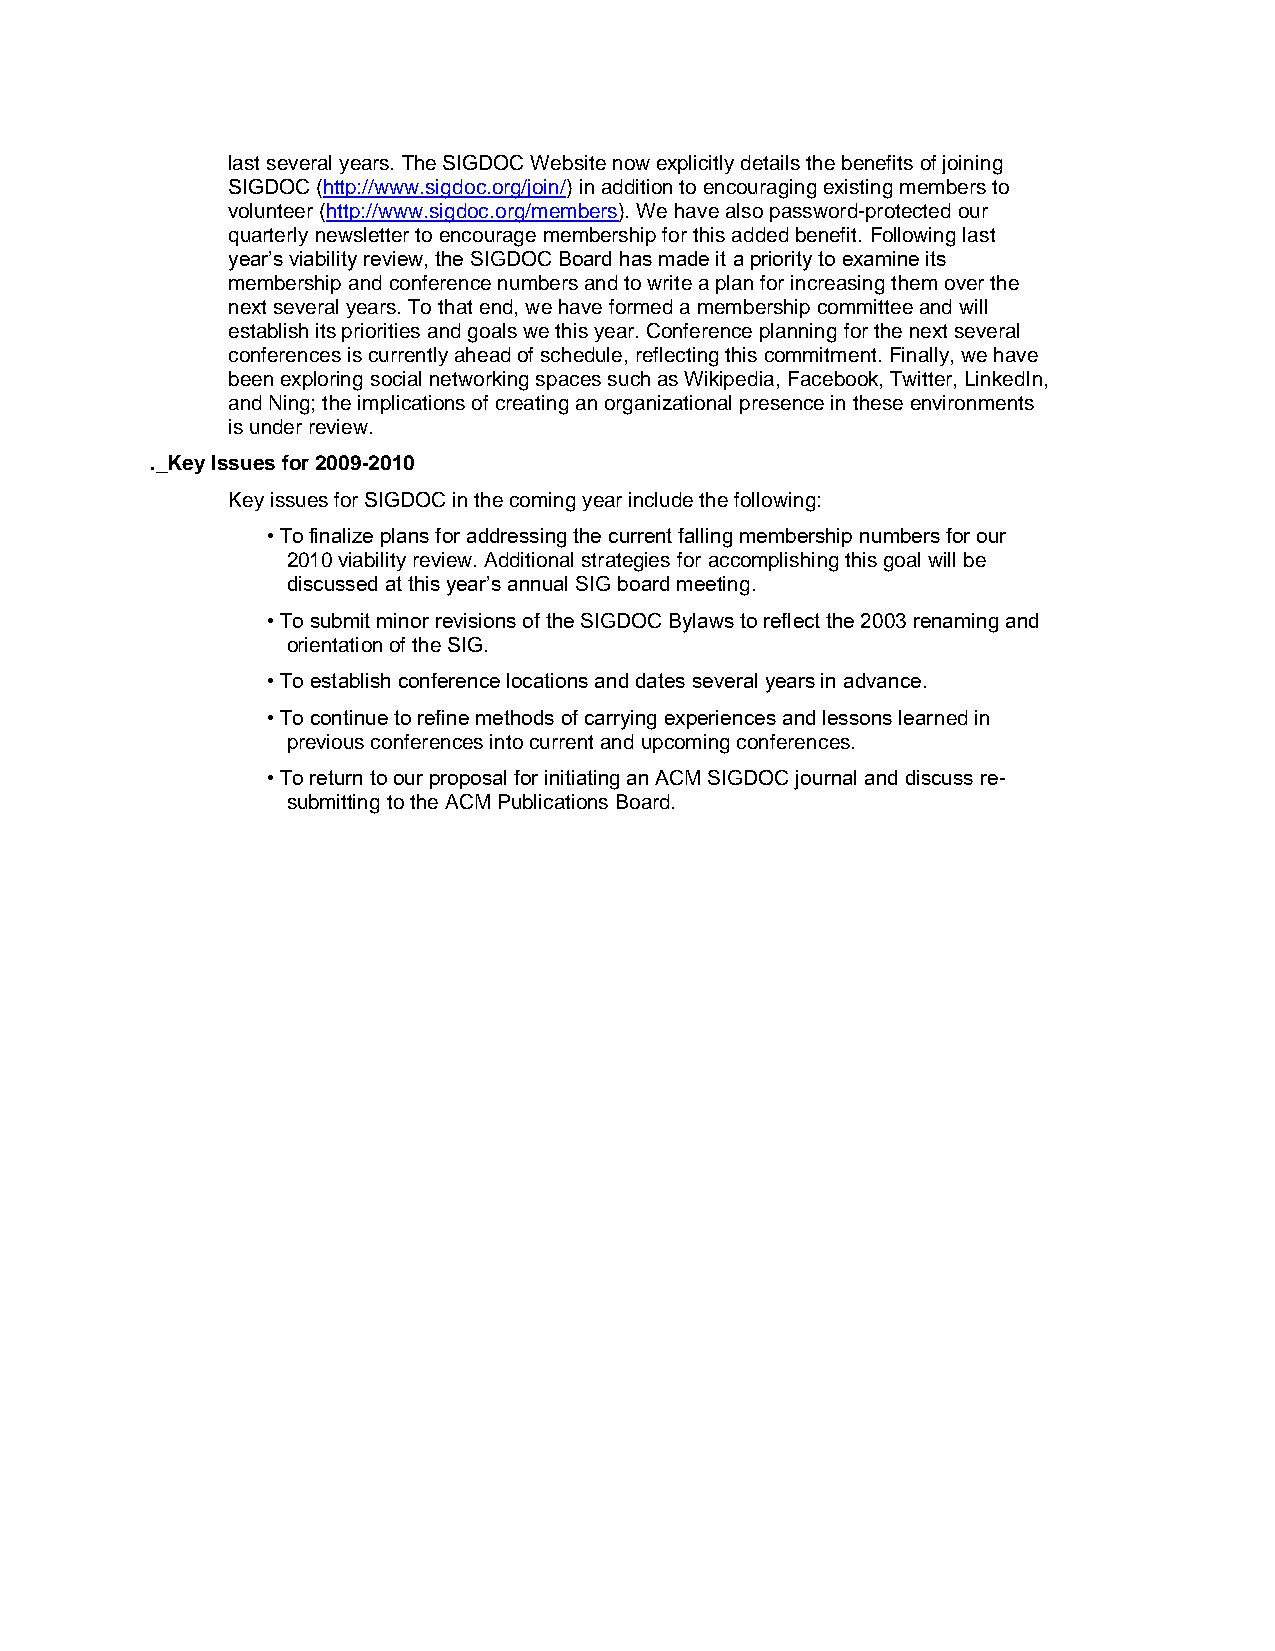
last several years. The SIGDOC Website now explicitly details the benefits of joining
 SIGDOC (http://www.sigdoc.org/join/) in addition to encouraging existing members to
 volunteer (http://www.sigdoc.org/members). We have also password-protected our
 quarterly newsletter to encourage membership for this added benefit. Following last
 year’s viability review, the SIGDOC Board has made it a priority to examine its
 membership and conference numbers and to write a plan for increasing them over the
 next several years. To that end, we have formed a membership committee and will
 establish its priorities and goals we this year. Conference planning for the next several
 conferences is currently ahead of schedule, reflecting this commitment. Finally, we have
 been exploring social networking spaces such as Wikipedia, Facebook, Twitter, LinkedIn,
 and Ning; the implications of creating an organizational presence in these environments
 is under review.
 ._Key Issues for 2009-2010
 Key issues for SIGDOC in the coming year include the following:
 • To finalize plans for addressing the current falling membership numbers for our
 2010 viability review. Additional strategies for accomplishing this goal will be
 discussed at this year’s annual SIG board meeting.
 • To submit minor revisions of the SIGDOC Bylaws to reflect the 2003 renaming and
 orientation of the SIG.
 • To establish conference locations and dates several years in advance.
 • To continue to refine methods of carrying experiences and lessons learned in
 previous conferences into current and upcoming conferences.
 • To return to our proposal for initiating an ACM SIGDOC journal and discuss re-
 submitting to the ACM Publications Board.